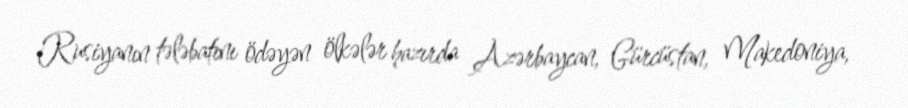
Rusiyanın tələbatını ödəyən ölkələr hazırda Azərbaycan, Gürcüstan, Makedoniya,